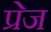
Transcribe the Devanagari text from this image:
प्रेज